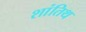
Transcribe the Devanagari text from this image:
शांतिथ